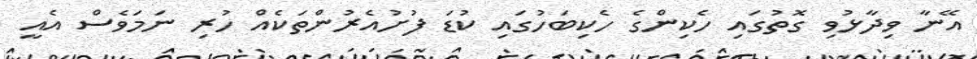
އޭނާ ވިދާޅުވި ގޮތުގައި ހެކިންގެ ހެކިބަހުގައި ކުޑަ ފުށުއެރުންތަކެއް ހުރި ނަމަވެސް އެއީ